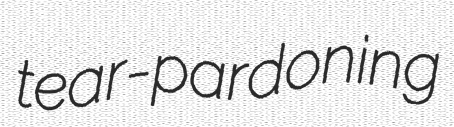
tear-pardoning